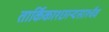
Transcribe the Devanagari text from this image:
तार्किकाश्छान्दसाश्चैव